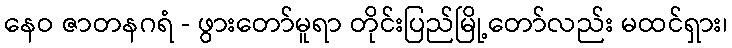
နေဝ ဇာတနဂရံ - ဖွားတော်မူရာ တိုင်းပြည်မြို့တော်လည်း မထင်ရှား၊